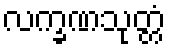
လက္ခဏသုတ္တံ